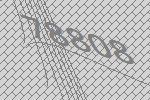
78808